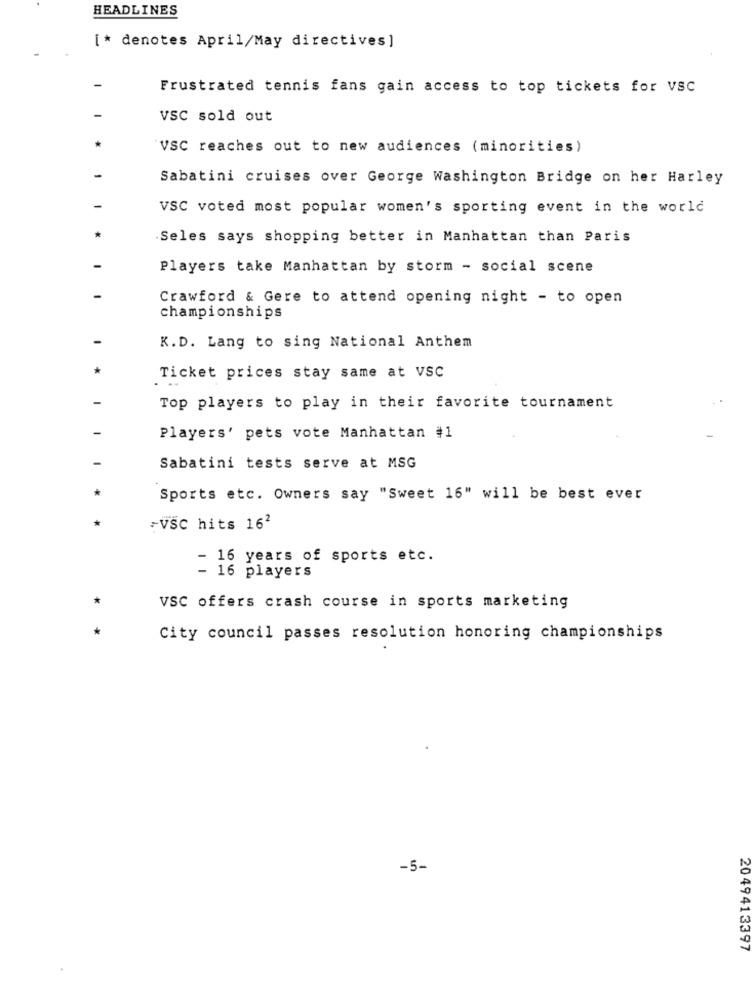
HEADLINES
[* denotes April/May directives]
Frustrated tennis fans gain access to top tickets for VSC
VSC sold out
VSC reaches out to new audiences (minorities)
Sabatini cruises over George Washington Bridge on her Harley
VSC voted most popular women's sporting event in the world
Seles says shopping better in Manhattan than Paris
Players take Manhattan by storm - social scene
Crawford & Gere to attend opening night - to open
championships
K.D. Lang to sing National Anthem
Ticket prices stay same at VSC
Top players to play in their favorite tournament
Players' pets vote Manhattan #1
Sabatini tests serve at MSG
Sports etc. Owners say "Sweet 16" will be best ever
-vSC hits 162
- 16 years of sports etc.
- 16 players
VSC offers crash course in sports marketing
City council passes resolution honoring championships
-5-
2049413397